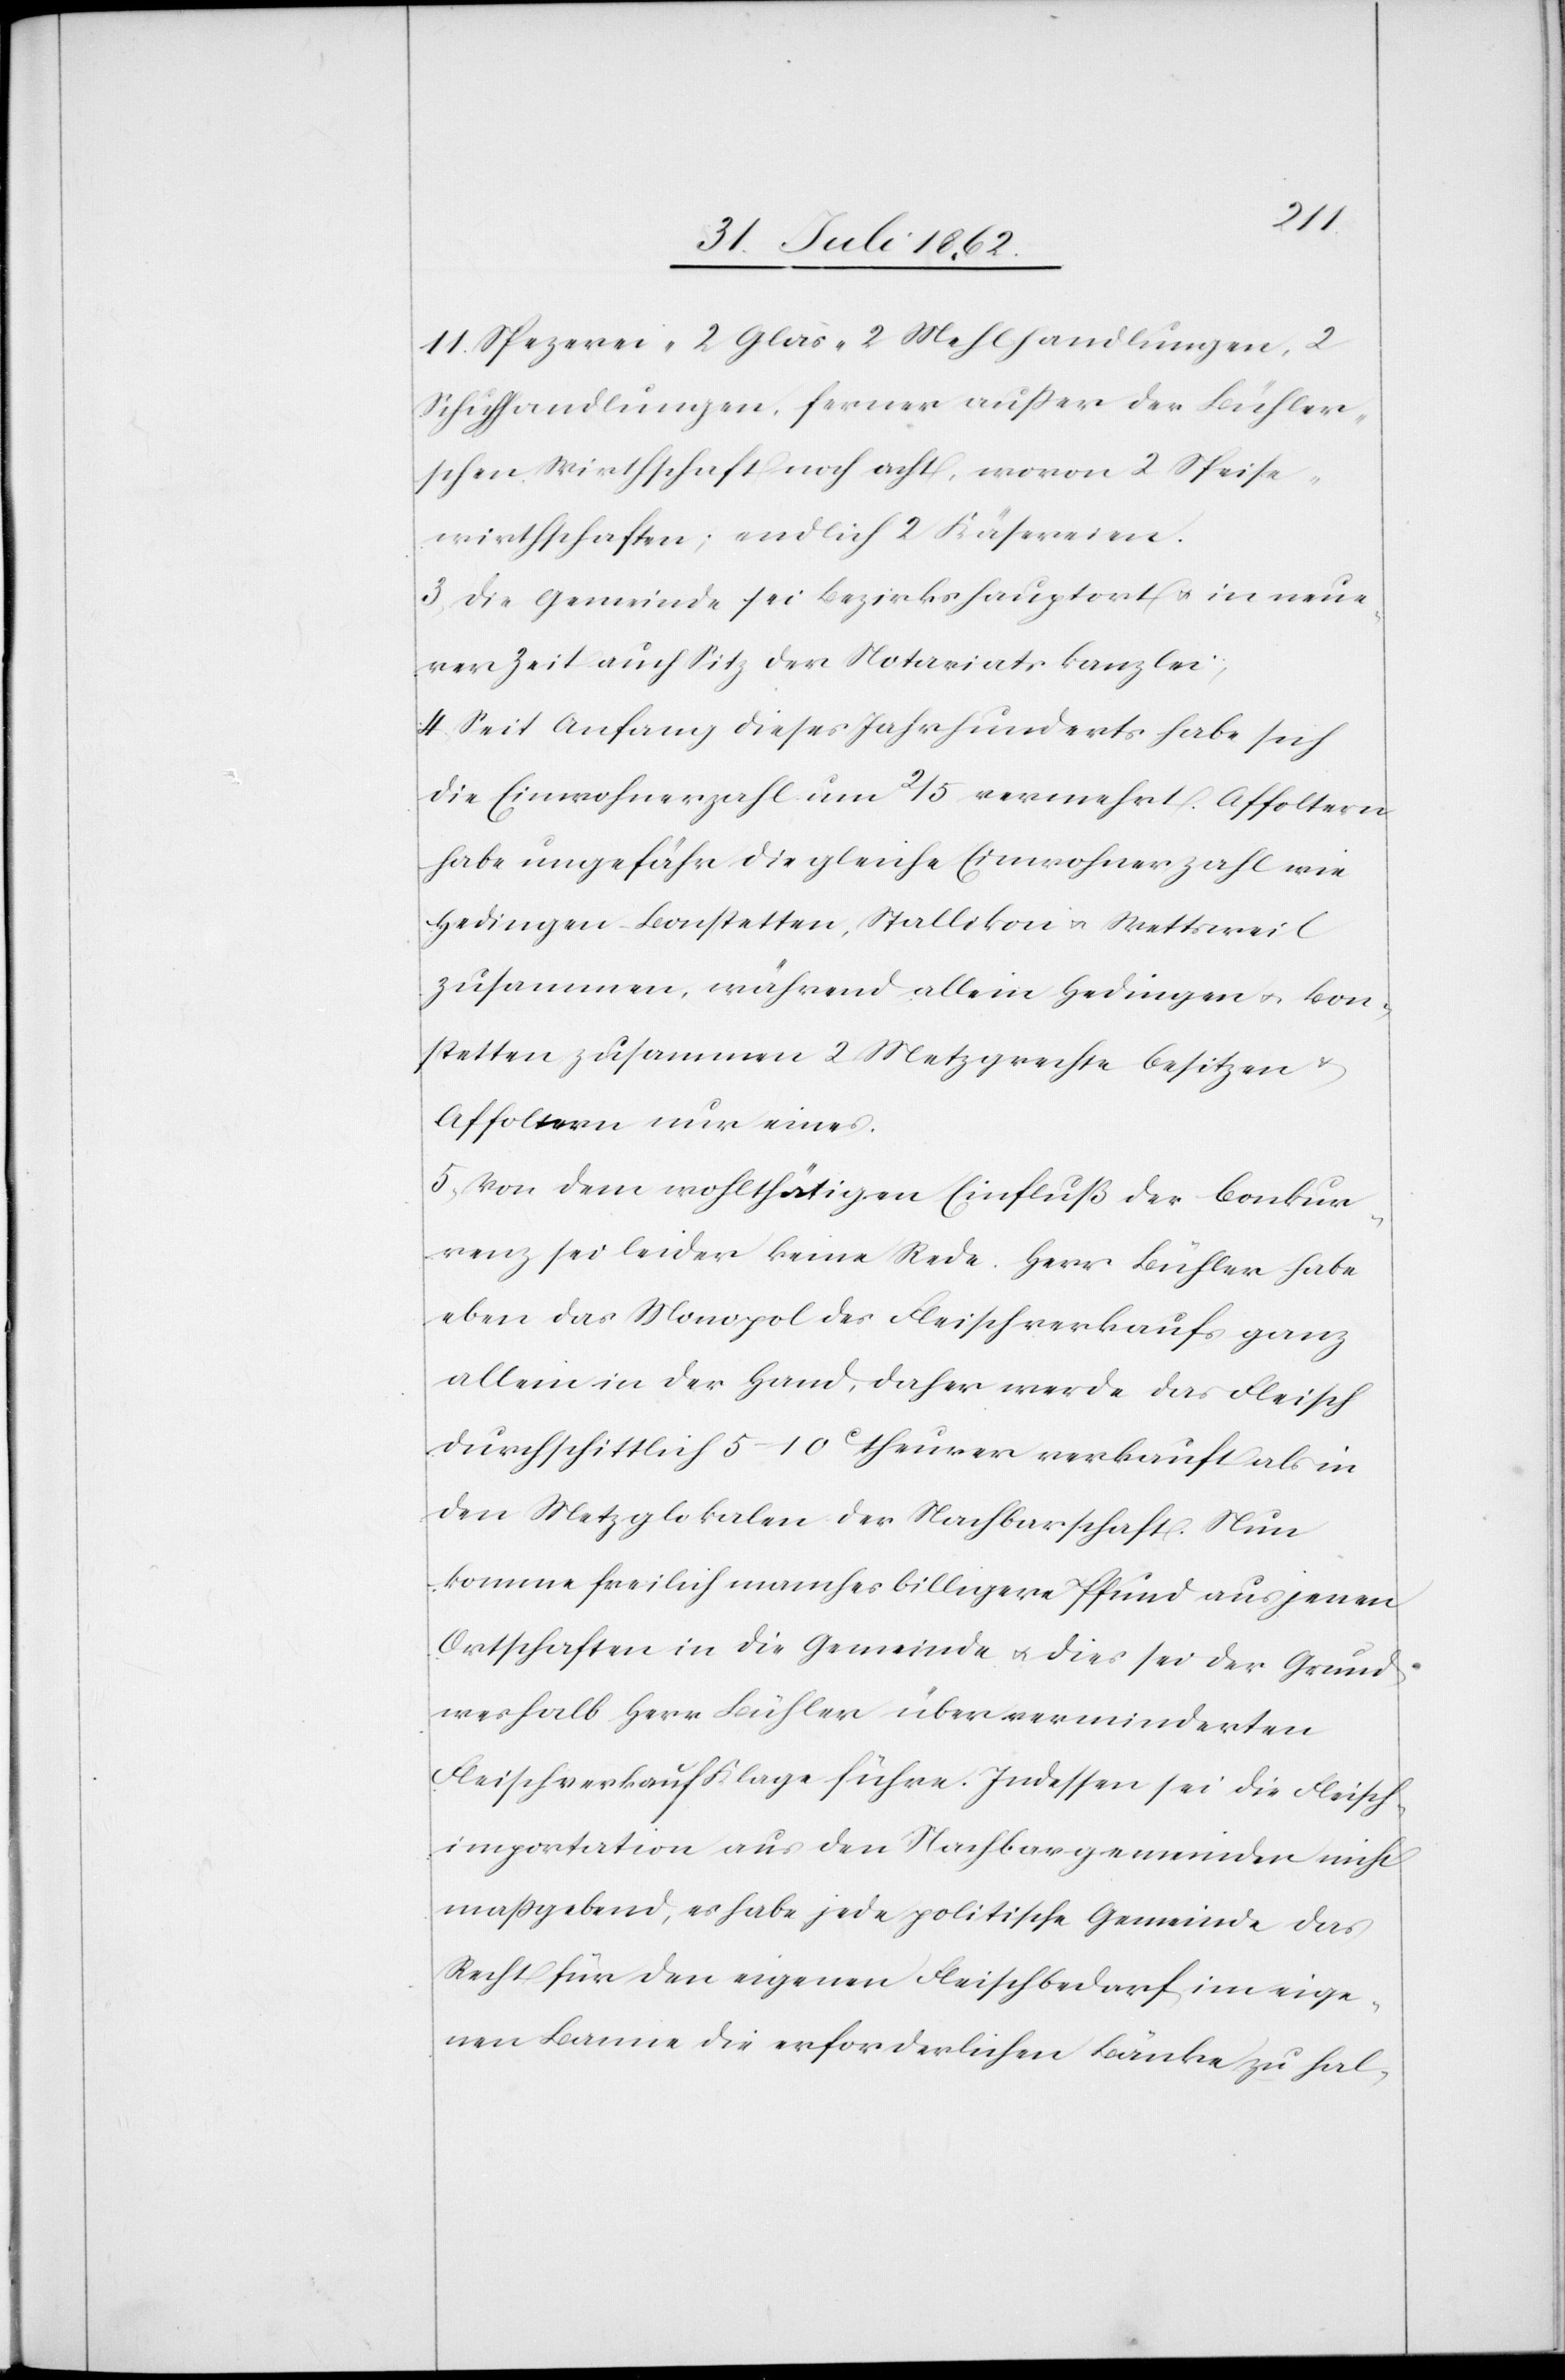
11 Spezereien- 2 Glas- 2 Mehlhandlungen, 2
Schuhhandlungen, ferner außer der Bühler¬
schen Wirthschaft noch acht, wovon 2 Speise¬
wirtschaften, endlich 2 Käsereien.
3) die Gemeinde sei Bezirkshauptort u. in neue¬
rer Zeit auch Sitz der Notariatskanzlei;
4) Seit Anfang dieses Jahrhunderts habe sich
die Einwohnerzahl um 2/5 vermehrt. Affoltern
habe ungefähr die gleiche Einwohnerzahl wie
Hedingen-Bonstetten, Stallikon u. Wettsweil
zusammen, während allein Hedingen u. Bon¬
stetten zusammen 2 Metzgrechte besitzen u.
Affoltern nur eines.
5) Von dem wohlhtätigen Einfluß der Conkur¬
renz sei leider keine Rede. Herr Bühler habe
eben das Monopol des Fleischverkaufs ganz
allein in der Hand, daher werde das Fleisch
durchschnittlich 5–10c theurer verkauft als in
den Metzglokalen der Nachbarschaft. Nun
komme freilich manches billigere Pfund aus jenen
Ortschaften in die Gemeinde u. dies sei der Grund
weshalb Herr Bühler über verminderten
Fleischverkauf Klage führe. Indessen sei die Fleisch¬
importation aus den Nachbargemeinden nicht
maßgebend, es habe jede politische Gemeinde das
Recht für den eigenen Fleischbedarf im eige¬
nen Banne die erforderlichen Bänke zu hal-